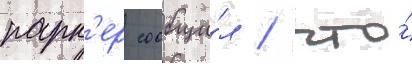
парк'ер сообщи́л / что́